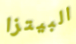
البيتزا